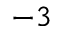
^ { - 3 }